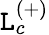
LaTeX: \mathtt{L}_{c}^{(+)}